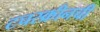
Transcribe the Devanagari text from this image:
टचस्क्रीनची